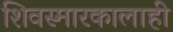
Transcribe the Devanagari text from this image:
शिवस्मारकालाही